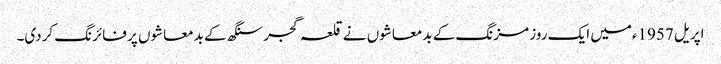
اپریل 1957ءمیں ایک روز مزنگ کے بدمعاشوں نے قلعہ گجر سنگھ کے بدمعاشوں پر فائرنگ کردی۔